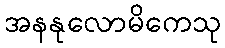
အနနုလောမိကေသု